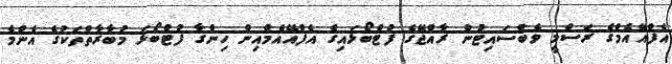
އެފްއޭއެމްގެ ރަސްމީ ވެބްސައިޓުން ރާއްޖޭގެ ފުޓްބޯޅައިގެ އެފްއޭއެމްއިން ހިންގާ ފުޓްބޯޅަ މުބާރާތްތަކުގެ އެންމެ